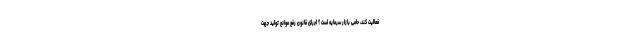
فعالیت کند، حامی بازار سرمایه است ؟ اجرای قانون رفع موانع تولید جهت